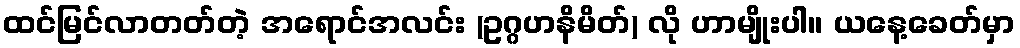
ထင်မြင်လာတတ်တဲ့ အရောင်အလင်း (ဥဂ္ဂဟနိမိတ်) လို ဟာမျိုးပါ။ ယနေ့ခေတ်မှာ